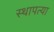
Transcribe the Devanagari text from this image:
स्थापत्या